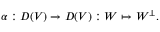
\alpha : D ( V ) \rightarrow D ( V ) : W \mapsto W ^ { \perp } .